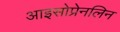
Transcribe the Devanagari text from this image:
आइसोप्रेनलिन